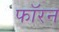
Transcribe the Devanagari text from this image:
फॉरन